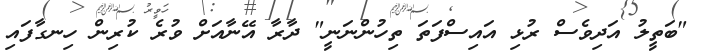
"ބަތީލު އަދިވެސް ރުޅި އައިސްފަތަ ތިހުންނަނީ" ދާރާ އޭނާއަށް ވުރެ ކުރިން ހިނގާފައި